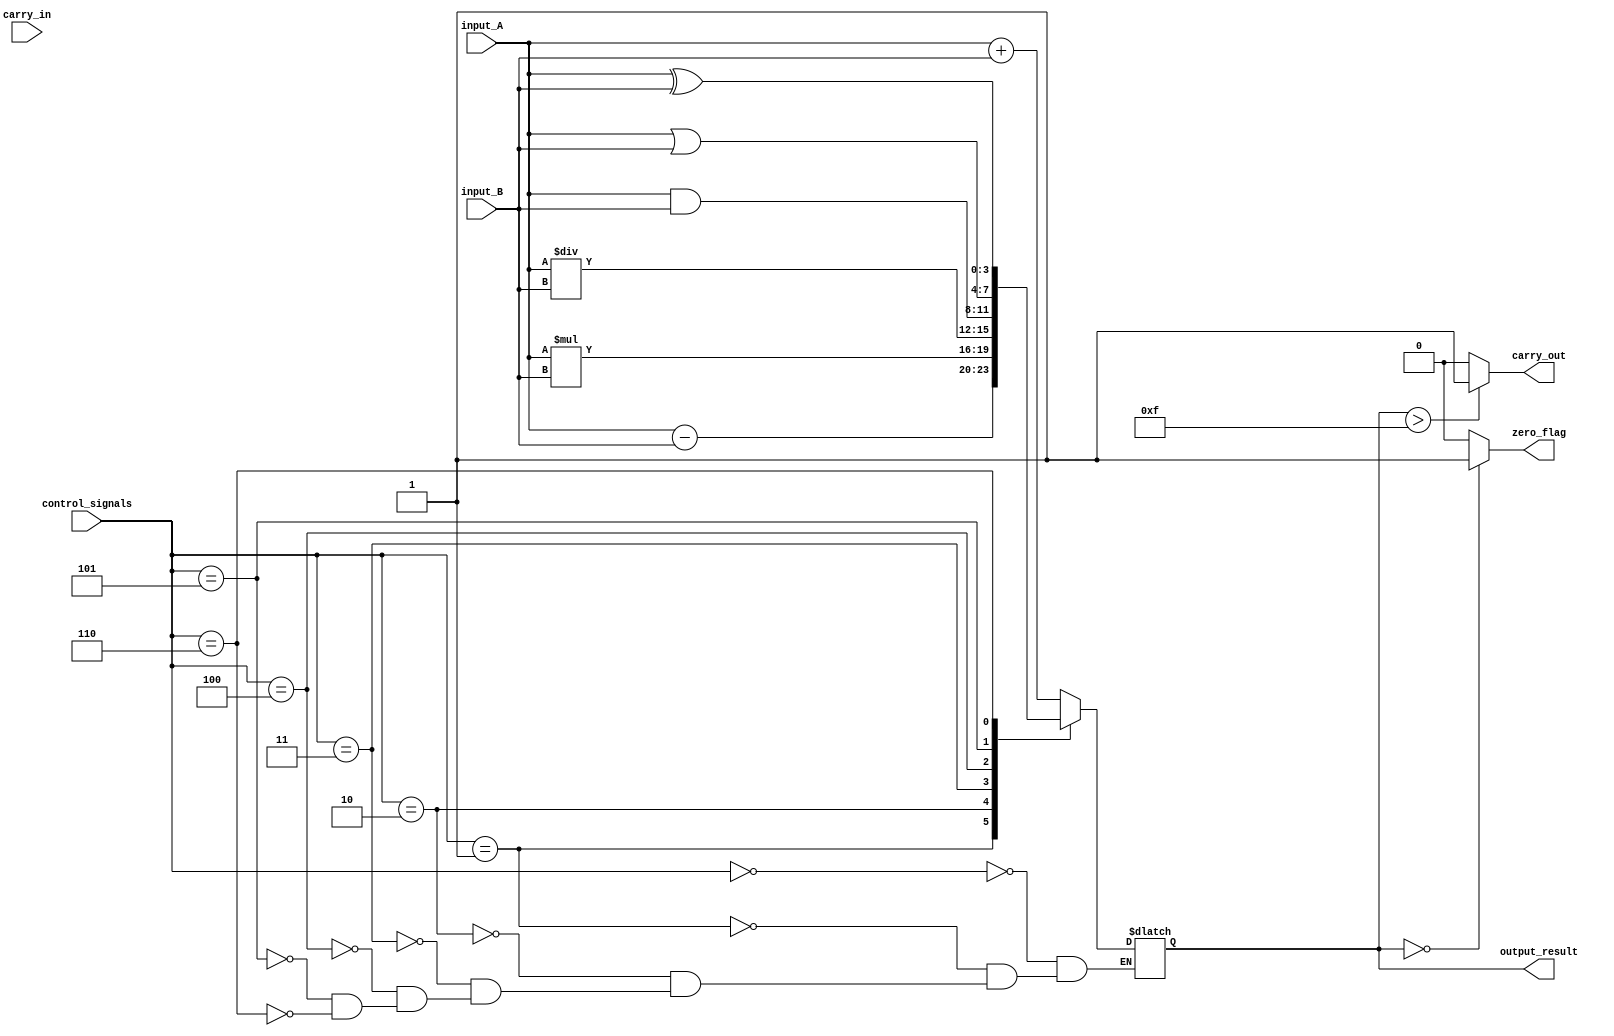
module ALU(
    input [3:0] input_A,
    input [3:0] input_B,
    input [2:0] control_signals,
    input carry_in,
    output [3:0] output_result,
    output zero_flag,
    output carry_out
);

reg [3:0] result;

always @(*)
begin
    case(control_signals)
        3'b000: result = input_A + input_B;
        3'b001: result = input_A - input_B;
        3'b010: result = input_A * input_B;
        3'b011: result = input_A / input_B;
        3'b100: result = input_A & input_B;
        3'b101: result = input_A | input_B;
        3'b110: result = input_A ^ input_B;
    endcase
end

assign output_result = result;
assign zero_flag = (result == 4'b0000) ? 1 : 0;
assign carry_out = (result > 15) ? 1 : 0;

endmodule